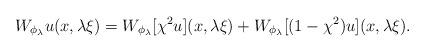
LaTeX: \begin{align*} W_{\phi_\lambda}u(x,\lambda\xi) =W_{\phi_\lambda}[\chi^2 u](x,\lambda\xi) +W_{\phi_\lambda}[(1-\chi^2)u](x,\lambda\xi). \end{align*}